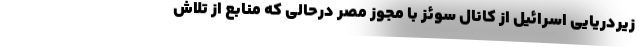
زیردریایی اسرائیل از کانال سوئز با مجوز مصر درحالی که منابع از تلاش